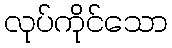
လုပ်ကိုင်သော